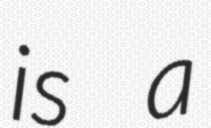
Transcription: is a